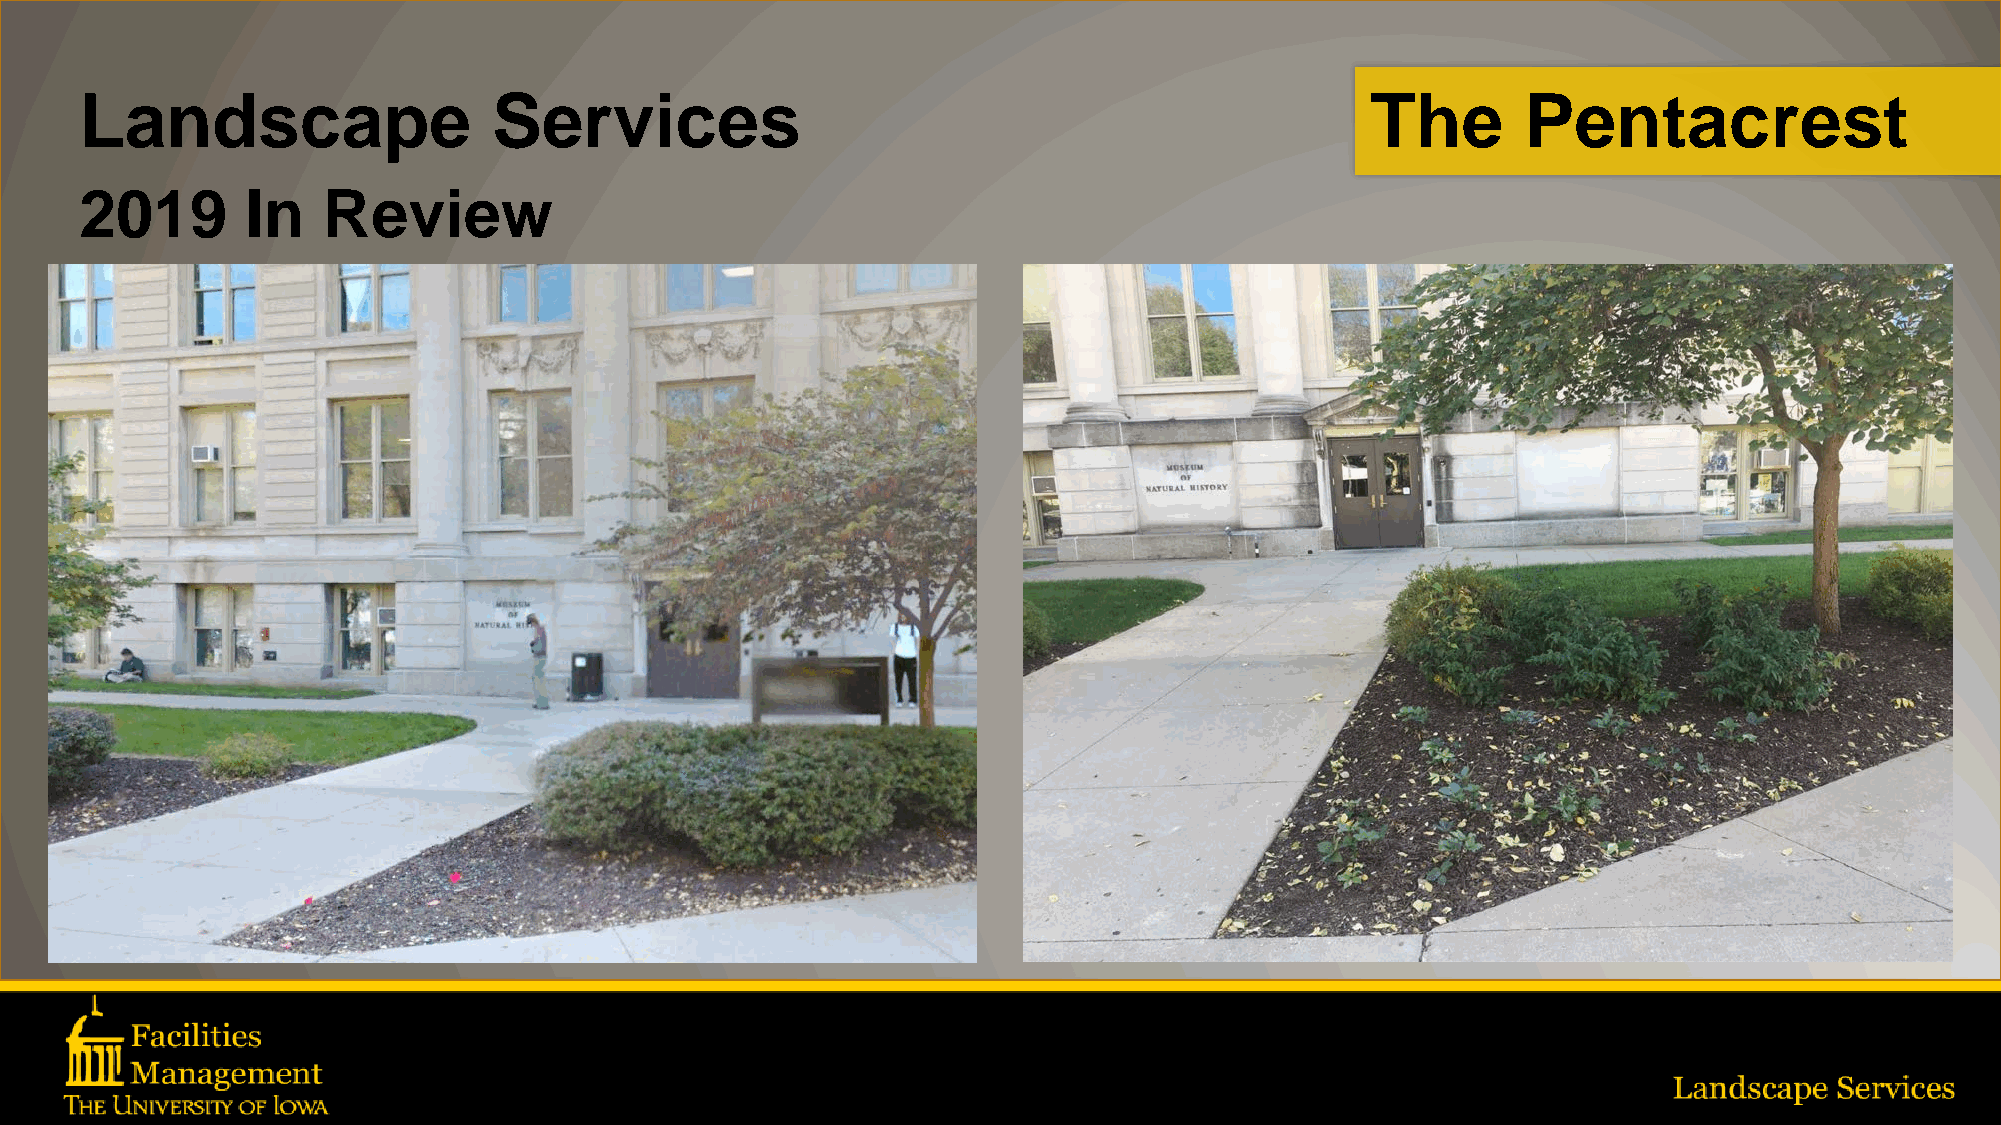
Landscape                   Services                                                  The       Pentacrest
 2019       In   Review